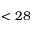
< 2 8